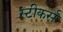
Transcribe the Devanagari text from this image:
स्टीकर्स